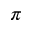
\pi